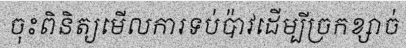
ចុះពិនិត្យមើលការទប់ប៉ាវដើម្បីច្រកខ្សាច់